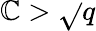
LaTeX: \mathbb{C}>\sqrt{}{{q}}